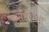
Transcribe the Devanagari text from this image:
संक्षारणों